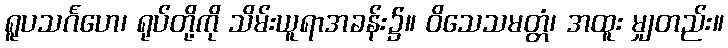
ရူပသင်္ဂဟေ၊ ရုပ်တို့ကို သိမ်းယူရာအခန်း၌။ ဝိသေသမတ္တံ၊ အထူး မျှတည်း။